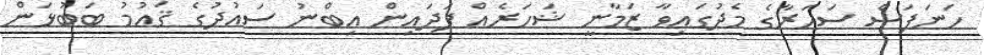
ހަނަފަސް ސަހަރާގެ މެދުގައިވާ ޒަމާނީ ޝަހަރެއް ފަދައިން އިބްނު ސައުދުގެ ޤައުމު ބަބުޅަން